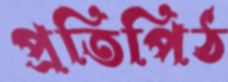
প্রতিপিঠ